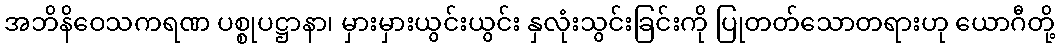
အဘိနိဝေသကရဏ ပစ္စုပဋ္ဌာနာ၊ မှားမှားယွင်းယွင်း နှလုံးသွင်းခြင်းကို ပြုတတ်သောတရားဟု ယောဂီတို့